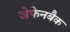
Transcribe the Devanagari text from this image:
जेफेनबैक